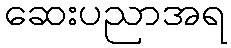
ဆေးပညာအရ